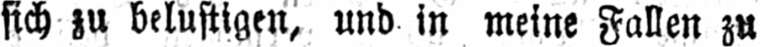
sich zu belustigen, und in meine Fallen zu